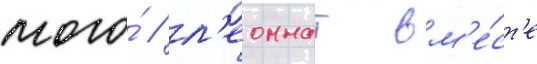
того́ / л'еоннат вм'е́ст'е